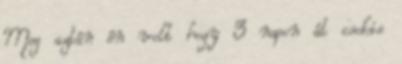
Meg aztán én volt hogy 3 napon át csokis